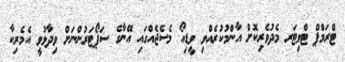
ޓްރަމްޕް ޓްވިޓަރ މެދުވެރިކޮށް އާންމުކުރެއްވި ވީޑިއޯ މެސެޖެއްގައި އޭނާގެ ސަޕޯޓަރުންނަށް ވިދާޅުވީ އެމެރިކާ